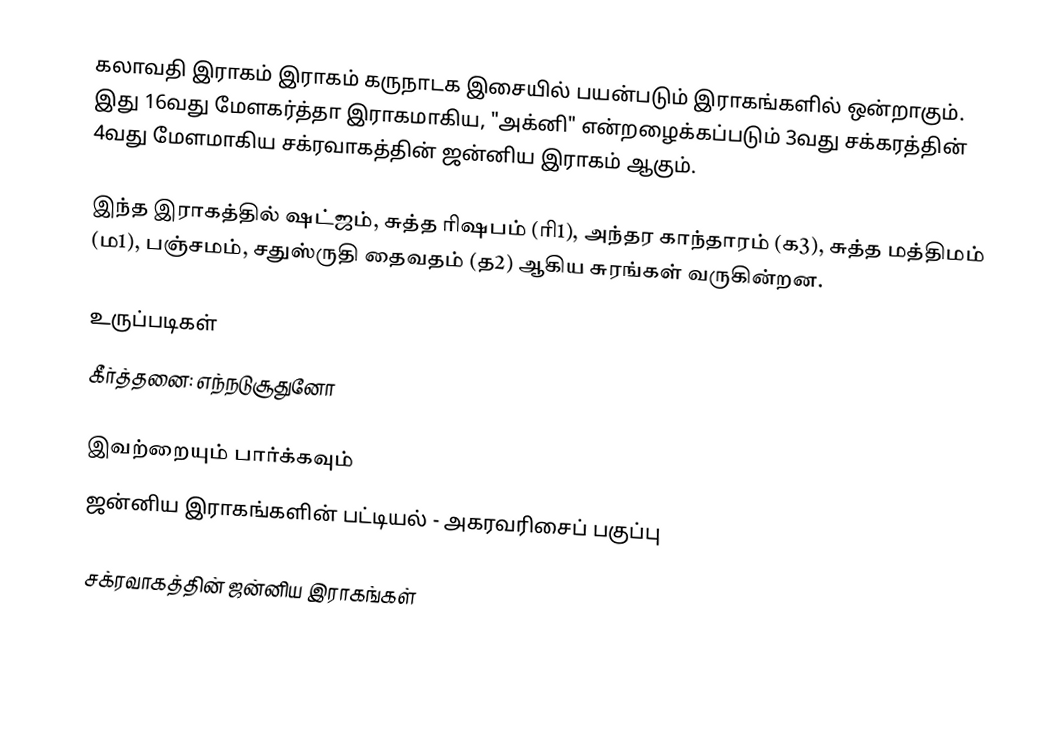
கலாவதி இராகம் இராகம் கருநாடக இசையில் பயன்படும் இராகங்களில் ஒன்றாகும். இது 16வது மேளகர்த்தா இராகமாகிய, "அக்னி" என்றழைக்கப்படும் 3வது சக்கரத்தின் 4வது மேளமாகிய சக்ரவாகத்தின் ஜன்னிய இராகம் ஆகும்.

இந்த இராகத்தில் ஷட்ஜம், சுத்த ரிஷபம் (ரி1),  அந்தர காந்தாரம் (க3), சுத்த மத்திமம் (ம1), பஞ்சமம்,  சதுஸ்ருதி தைவதம் (த2) ஆகிய சுரங்கள் வருகின்றன.

உருப்படிகள்
 கீர்த்தனை: எந்நடுசூதுனோ

இவற்றையும் பார்க்கவும்
 ஜன்னிய இராகங்களின் பட்டியல் - அகரவரிசைப் பகுப்பு

சக்ரவாகத்தின் ஜன்னிய இராகங்கள்